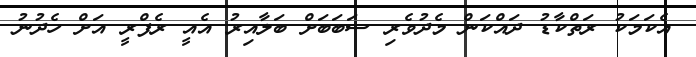
އެކަމަކު ރަތްކާޑު ދައްކަން މެދުވެރި ސަބަބަށް ބަލާއިރު އެއީ ރެފްރީ އަށް ހެދުނު